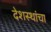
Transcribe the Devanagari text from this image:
देशस्थांचा